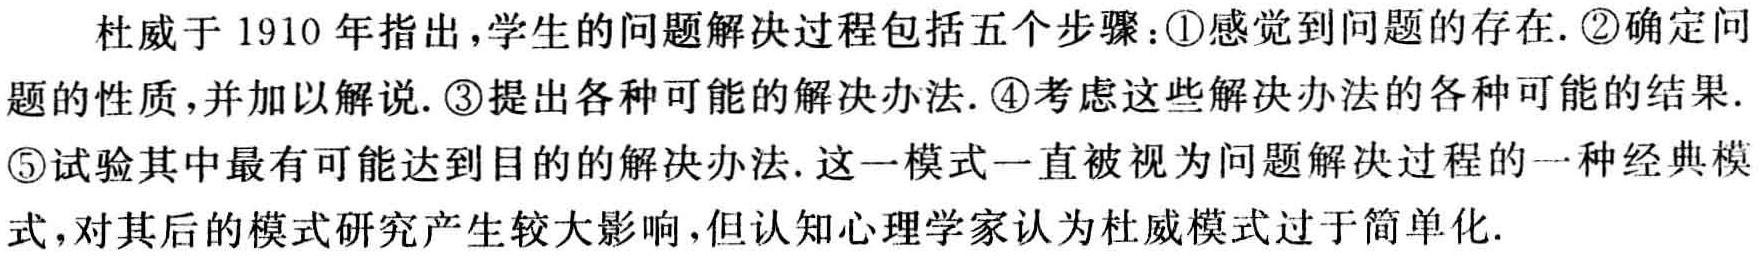
杜威于1910年指出,学生的问题解决过程包括五个步骤：\textcircled{1}感觉到问题的存在. \textcircled{2}确定问题的性质,并加以解说. \textcircled{3}提出各种可能的解决办法. \textcircled{4}考虑这些解决办法的各种可能的结果. \textcircled{5}试验其中最有可能达到目的的解决办法. 这一模式一直被视为问题解决过程的一种经典模式,对其后的模式研究产生较大影响,但认知心理学家认为杜威模式过于简单化.